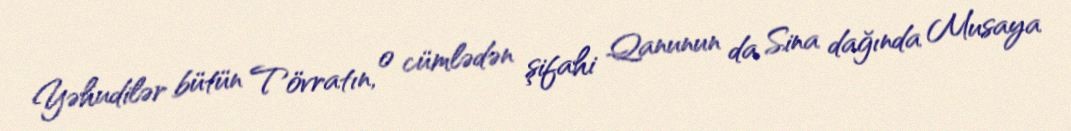
Yəhudilər bütün Tövratın, o cümlədən şifahi Qanunun da Sina dağında Musaya